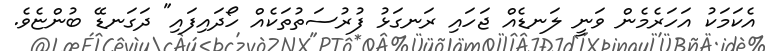
އެކަމަކު އަހަރެމެން ވަނީ ލަނޑެއް ޖަހައި ރަނގަޅު ފުރުސަތުތަކެއް ހޯދައިފައި" ދަގަނޑޭ ބުންޏެވެ.